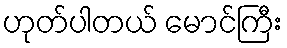
ဟုတ်ပါတယ် မောင်ကြီး